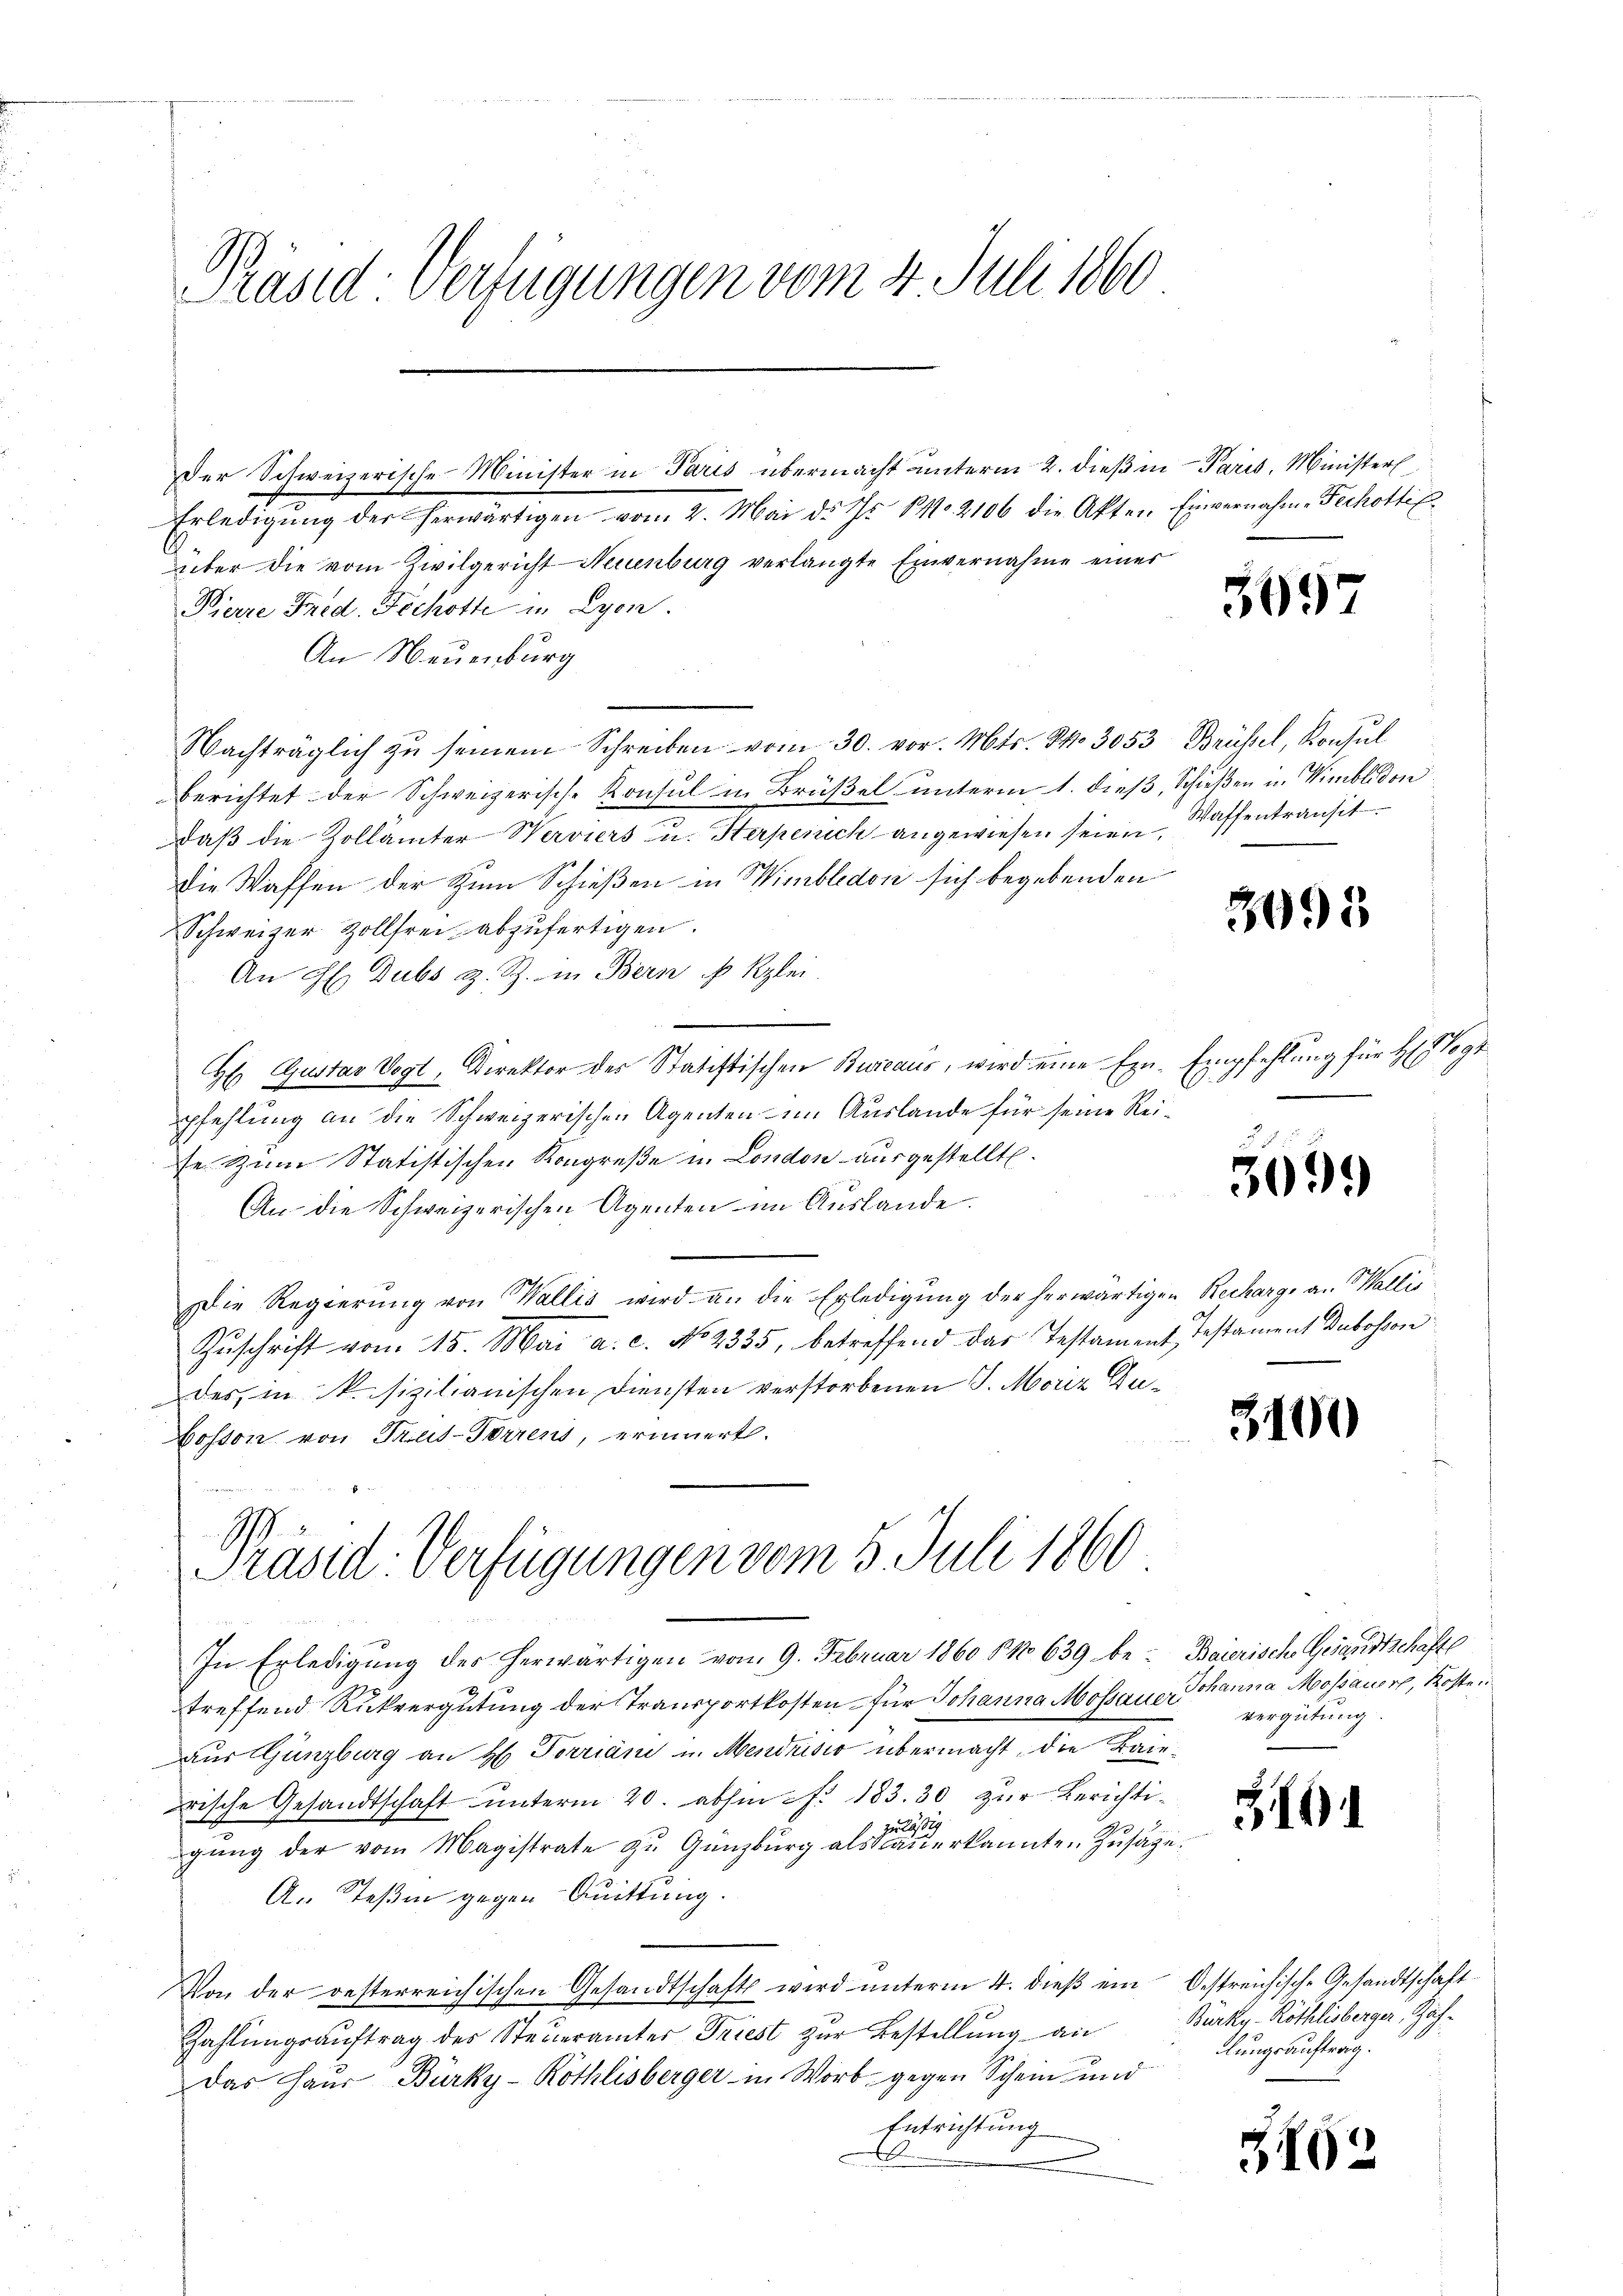
e
Präsid-Verfügungen vom 4. Juli 1860

Erledigŭng der herwärtigen vom 2. Mai d. Js. No 2106 die Akten Einvernahme Fechottik
über die vom Zivilgericht Neuenburg verlangte Einvernahme einer
Pierre Fred. Fichotte in Lyon.
An Neuenburg
Nachträglich zŭ seinem Schreiben vom 30. vor. Mts. N. 3053 Brüssel, Konsŭl
berichtet der Schweizerische Konsul in Brüßel unterm 1. dieß, Schießen in Wimblidon
daβ die Zollämter Werviers u. Sterpenich angewiesen seien Waffentransit
die Waffen der Zum Schießen in Wimbledon sich begebenden
Schweizer Zollfrei abzufertigen.
An H. Dubs z. Z. in Bern u Klei
H Gustav Vogt, Direktor des Statistischen Bureaus, wird eine Exn-Empfehlung für H: Vogt
pfehlung an die Schweizerischen Agenten im Auslande für seine Reise. Zum Statistischen Kongreße in London ausgestellt.
An die Schweizerischen Agenten im Auslande.
Die Regierŭng von Wallis wird an die Erledigŭng der herwärtigen Recharge an Wallis
Zŭschrift vom 15. Mai a. c. No 2335, betreffend das Testament, Testament Dubosson
des, in k. sizilianischen Diensten verstorbenen J. Moriz Du¬
Cosson von Trus-Forrens, erinnert.
Präsid-Verfügungen vom 5. Juli 1860
In Erledigung des herwärtigen vom 9. Februar 1860 § 639 betreffend Rückvergütung der Transportkosten für Johanna Mossauer Johanna Mossauer, Kosten
aus Ganzburg an H. Terriani u. Mendrisio übermacht, die Kanrische Gesandtschaft ŭnterm 20. abhin : 183. 30 zŭr Berichtilästig
gŭng der vom Magistrate zŭ Gŭnzburg als Sauerkannten Zusage
A. Teßin gegen Quittung.
Von der oesterreichischen Gesandtschaft wird unterm 4. dieß ein
Zahlŭngsaŭftrag des Steŭeramtes Friest zŭr Bestellŭng an
Das Haus Bürky-Röthlisberger in Worb gegen Schein und
Entrichtung

Der Schweizerische Minister in Paris übermacht unterm 2. dieß in Paris, Ministerl

5097

3095

3099

3100

Baierische Gesandtschafte
vergütung

19

G192

Oestreichische Gesandtschaft
Bürky-Röthlisberger, Zählungsauftrag.